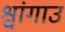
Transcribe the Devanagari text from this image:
श्वांगाउ